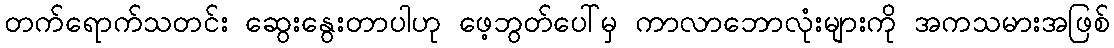
တက်ရောက်သတင်း ဆွေးနွေးတာပါဟု ဖေ့ဘွတ်ပေါ်မှ ကာလာဘောလုံးများကို အကသမားအဖြစ်